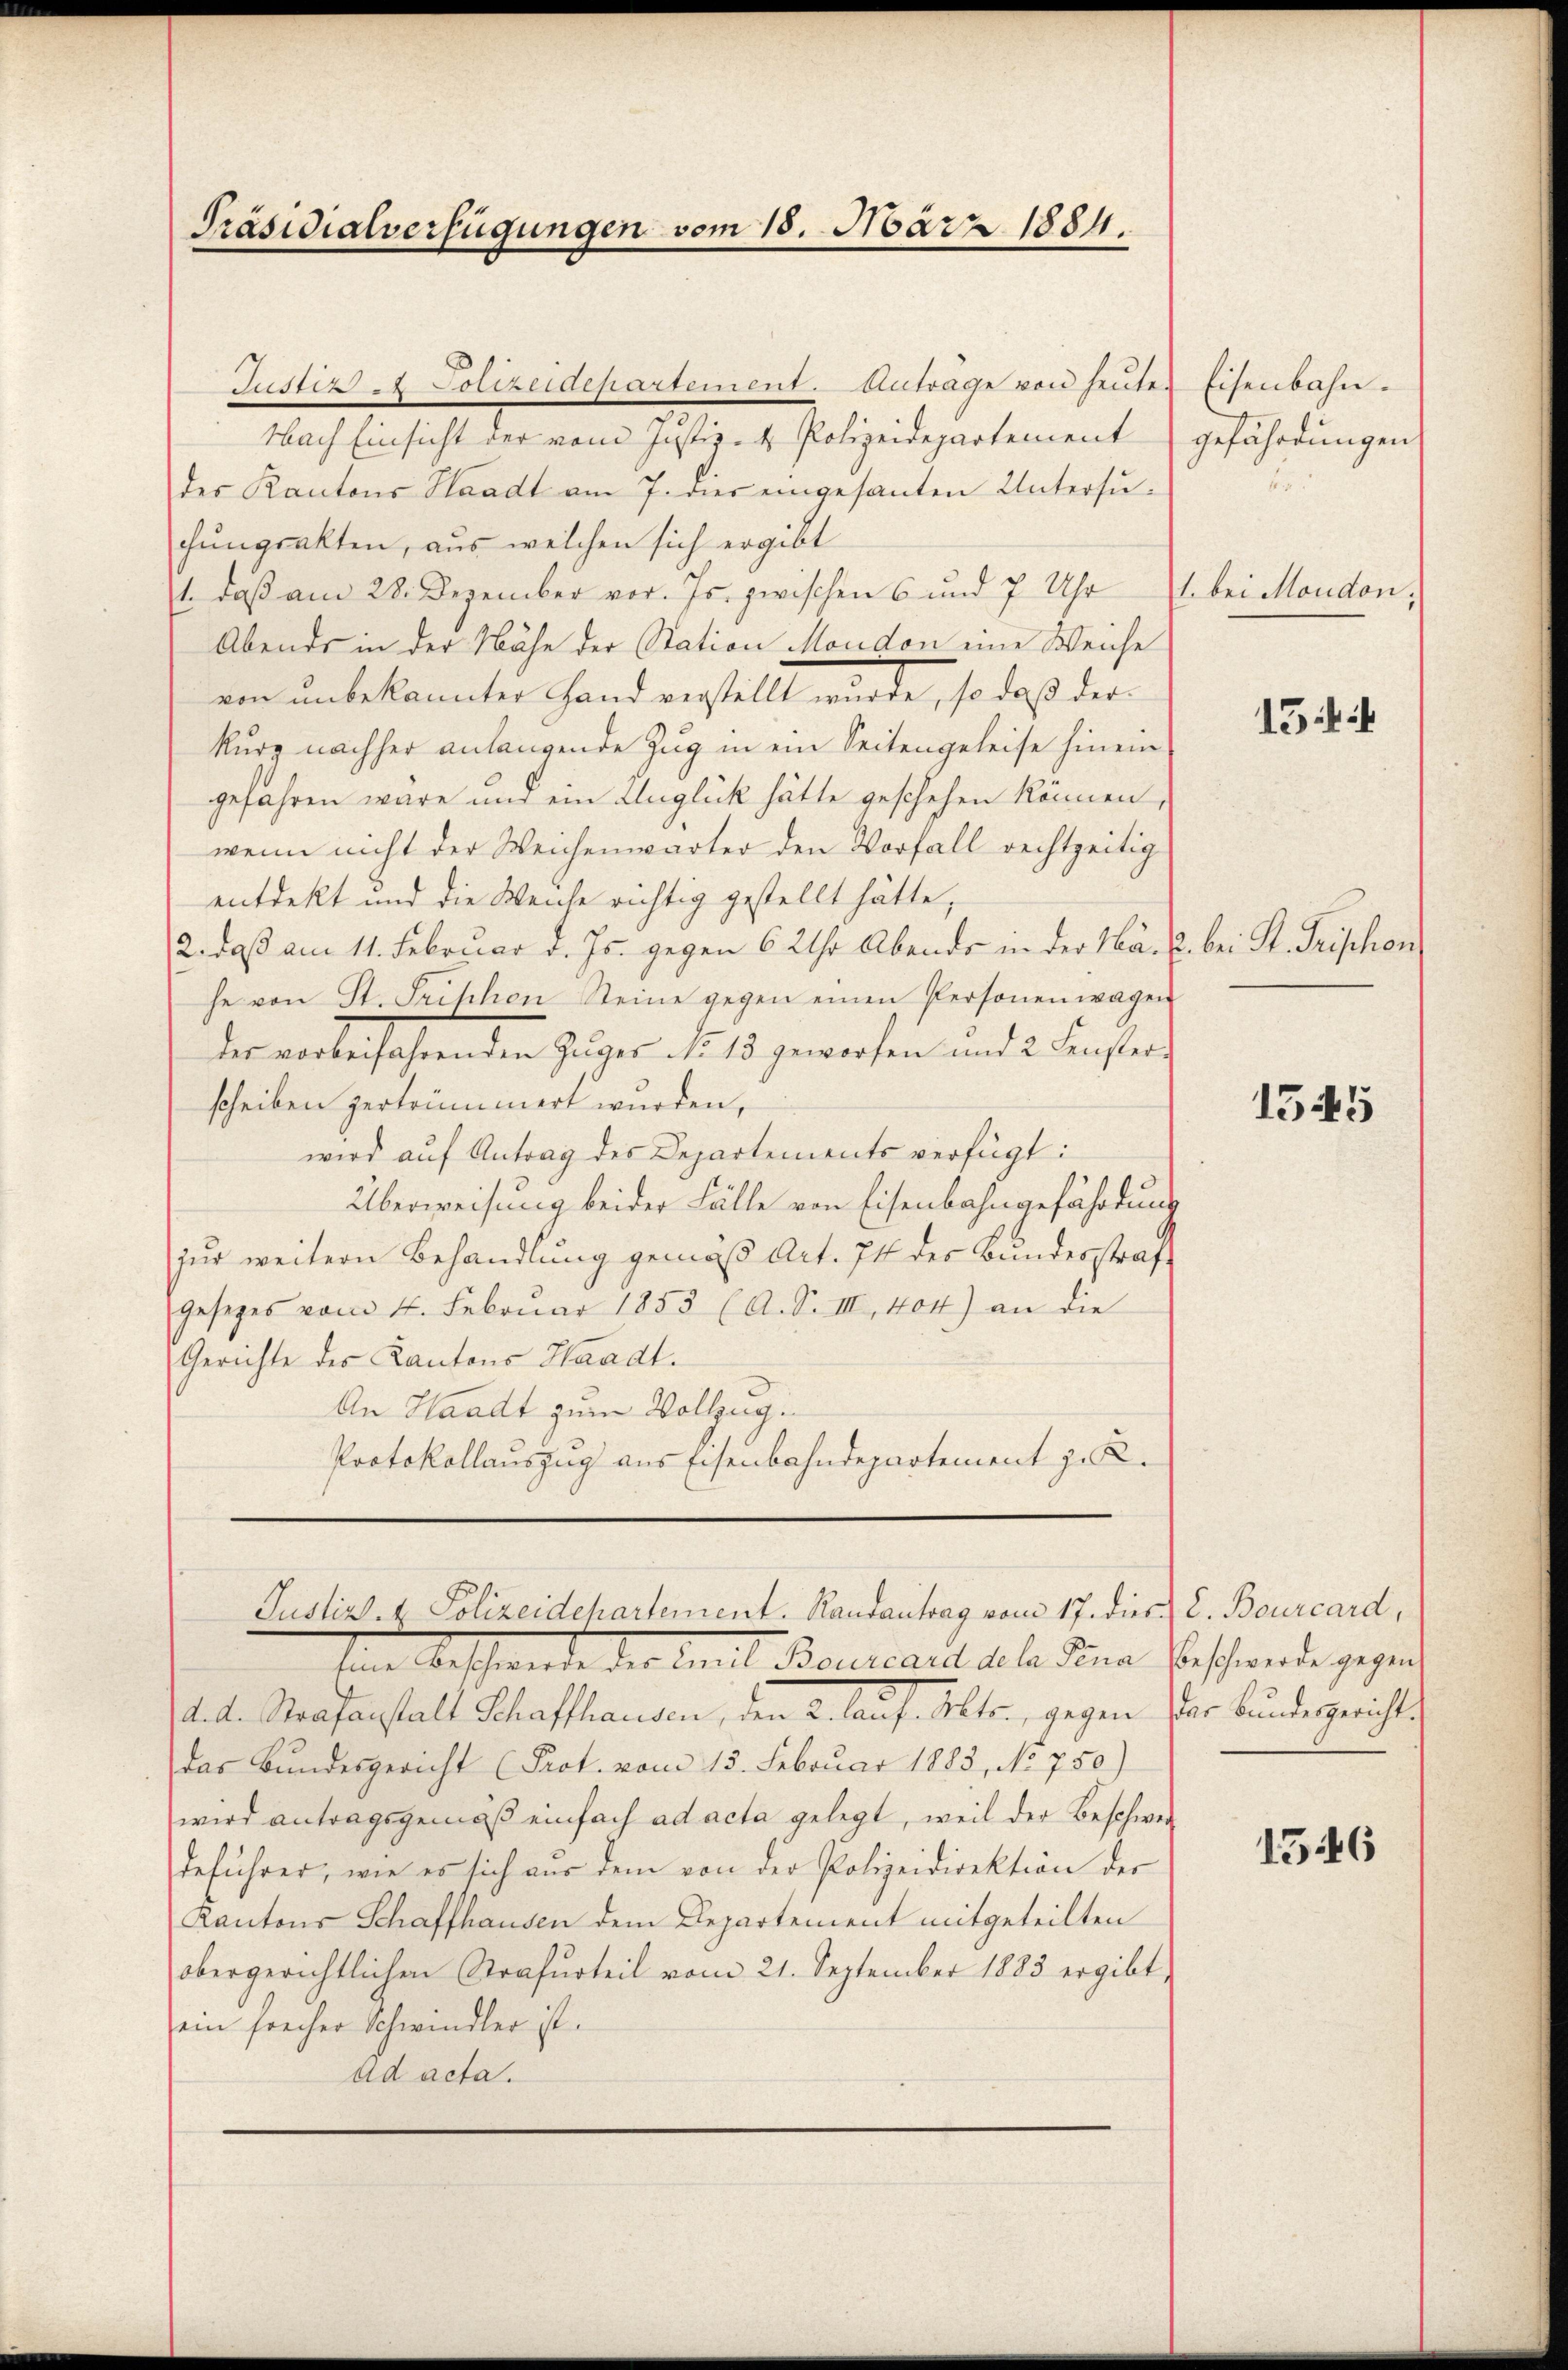
Präsidialverfügungen vom 18. März 1884.

Justiz & Polizeidepartement. Antrage von heŭten Eisenbahn.
Nach Einsicht der vom Justiz- & Polizeidepartement
des Kantons Staadt am 7. dies eingesanten Untersuhungsakten, aus welchen sich ergibt
1., daß am 28. Dezember vor. Js. zwischen 6 und 7 Uhr u. bei Mondon,
Abends in der Nähe der Station Moudon eine Weiche
ein unbekannten Hand verstellt würde, so daß der
kurz nachher anlangende Zug in ein Seitengeleise hinein
gefahren wäre und ein Unglück hätte geschehen können,
wenn nicht der Weichenwärter den Vorfall rechtzeitig
entdekt und die Weiche richtig gestellt hätte,
2. daß am 11. Februar d. Js. gegen 6 Uhr Abends in der Nä- u. bei St. Frischon
he von St. Frischen Steine gegen einen Personen wagen
der vorberfahrenden Zuges No 15 geworfen und 2. Fensters
scheiben zertrümmert wurden,
wird auf Antrag des Departements verfügt:
Überweisung beider Fälle von Eisenbahngefährdung
zur weitern Behandlung gemäß Art. 74 des Bundesstrafe
Gesezes vom 4. Febrŭar 1853 (A. S. III, 404) an die
Gerichte des Kantons Waadt.
An Waadt zum Vollzug.
Protokollauszug aus Eisenbahndepartement z. B.
Justiz- & Polizeidepartement. Randantrag vom 17. dies E. Bourcard,
Eine Beschwerde der Carl Bourcarte dele Deine Beschwerde gegen
d. d. Strafanstalt Schaffhausen, den 2. lauf. Mts., gegen der bundergericht.
das Bundesgericht (Prot. vom 13. Februar 1883, No 750)
wird antragsgemäß einfach ad acta gelegt, weil der Beschwerdeführer, wie es sich aus dem von der Polizeidirektion der
Kantons Schaffhausen dem Departement mitgeteilten
obergerichtlichen Strafurteil vom 21. September 1883 ergibt,
ein freiher Schwindler ist.
ad acta.

gefährdungen

15

1545

1546